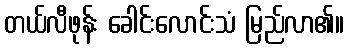
တယ်လီဖုန်း ခေါင်းလောင်းသံ မြည်လာ၏။